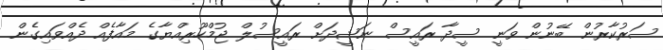
ސަރުކާރުން ބޭނުން ވަނީ ސީދާ ރައީސް ނަޝީދަށް ރައީސުލް ޖުމްހޫރިއްޔާގެ މައާފެއް ދެއްވައިގެން